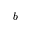
b